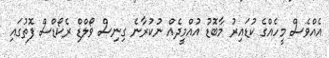
އެއްވެސް މީހެއްގެ ކުޑައިރު މާބޮޑު އުއްމީދެއް ނުކުރާނެ ގިނިސް ވޯލްޑް ރެކޯޑްސް ފޮތުގައި